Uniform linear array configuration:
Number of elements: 24
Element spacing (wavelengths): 0.75
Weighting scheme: hann
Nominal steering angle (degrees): -15
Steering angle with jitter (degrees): -15.493
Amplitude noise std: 0.05
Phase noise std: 0.05

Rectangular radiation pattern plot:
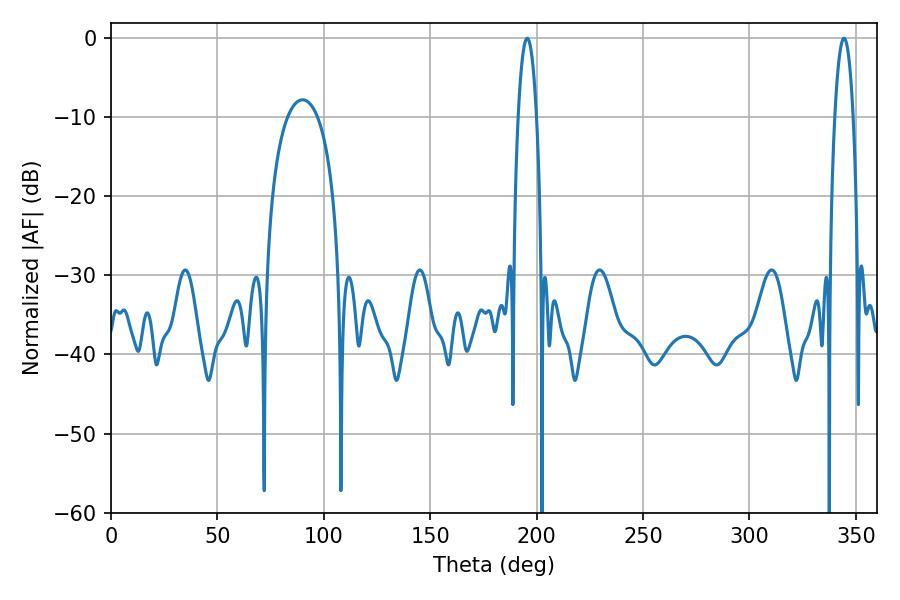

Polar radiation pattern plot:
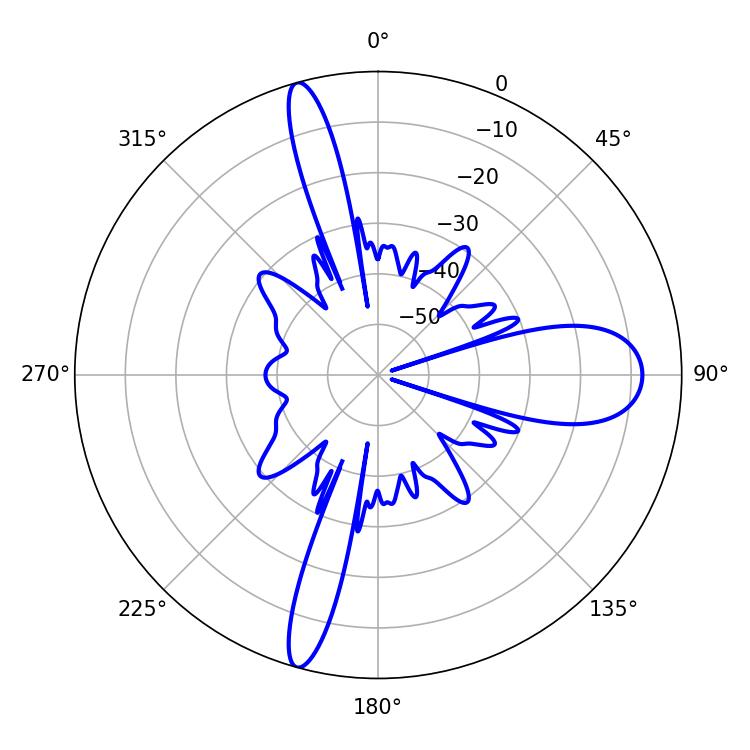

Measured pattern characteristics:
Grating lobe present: TRUE
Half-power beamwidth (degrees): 4.86
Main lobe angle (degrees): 344.52